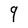
Character: 9